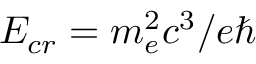
E _ { c r } = m _ { e } ^ { 2 } c ^ { 3 } / e \hbar